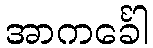
အာကင်္ခေါ